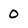
Character: 0